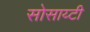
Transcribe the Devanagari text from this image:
सोसाय्टी